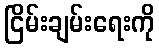
ငြိမ်းချမ်းရေးကို